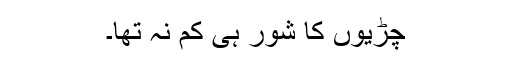
چڑیوں کا شور ہی کم نہ تھا۔